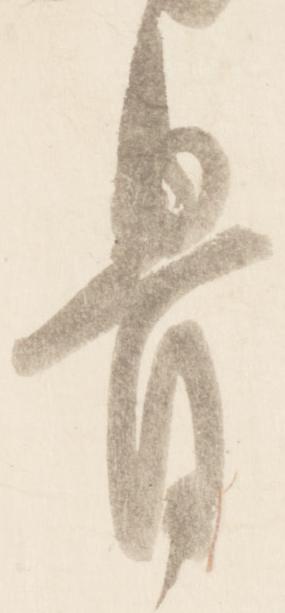
骨